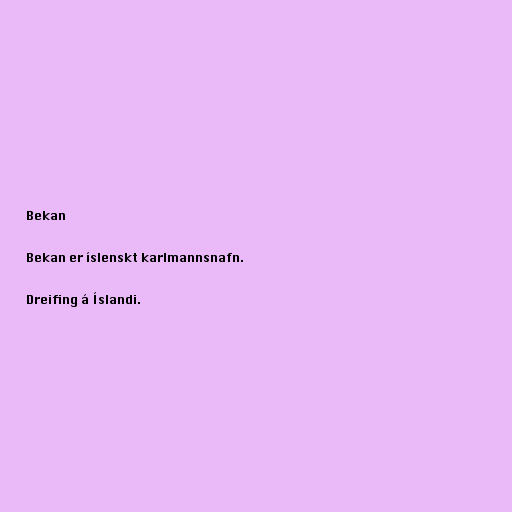
Bekan

Bekan er íslenskt karlmannsnafn.

Dreifing á Íslandi.